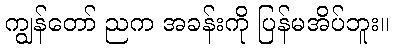
ကျွန်တော် ညက အခန်းကို ပြန်မအိပ်ဘူး။